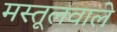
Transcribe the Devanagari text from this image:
मस्तूलवाले